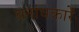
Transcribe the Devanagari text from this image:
घनांधकारें